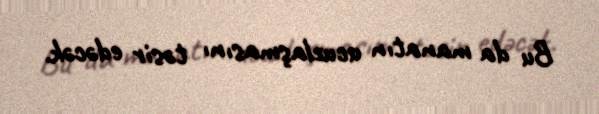
Bu da manatın ucuzlaşmasını təsir edəcək.